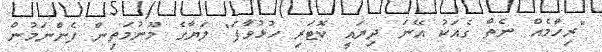
"ރިހާމެއް ނެތް ގެއަކު އޭނަ ދިޔައީ ކޮޓަރި ހުޅުވާފަ" ލަޔާގެ މޫނުމަތިން ފެންނަމުން